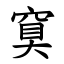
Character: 䆩